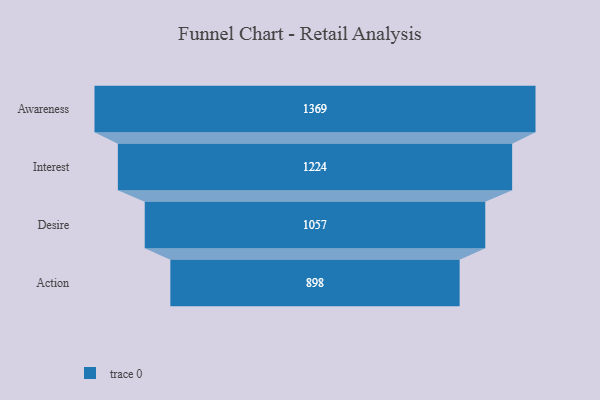
{"axis": {"x": "Stage", "y": "Value"}, "legend": [""], "data": [{"x": "Awareness", "y": 1369.0, "type": ""}, {"x": "Interest", "y": 1224.0, "type": ""}, {"x": "Desire", "y": 1057.0, "type": ""}, {"x": "Action", "y": 898.0, "type": ""}]}